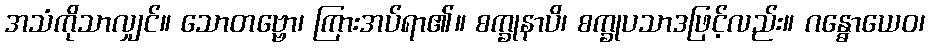
အသံကိုသာလျှင်။ သောတဗ္ဗော၊ ကြားအပ်ရာ၏။ စက္ခုနာပိ၊ စက္ခုပသာဒဖြင့်လည်း။ ဂန္ဓောယေဝ၊